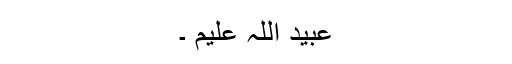
عبید اللہ علیم ۔